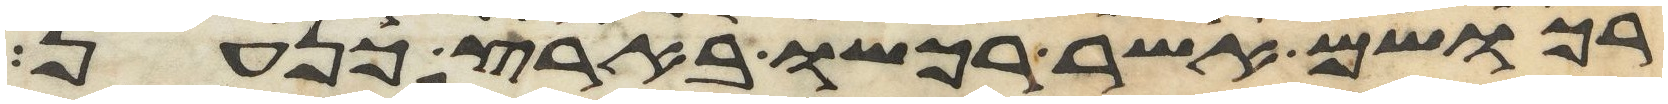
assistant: רכושם אשר רכשו בארץ כנען